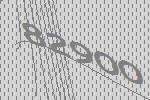
82900